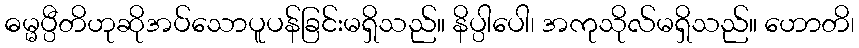
ဓမ္မပ္ပီတိဟုဆိုအပ်သောပူပန်ခြင်းမရှိသည်။ နိပ္ပါပေါ၊ အကုသိုလ်မရှိသည်။ ဟောတိ၊